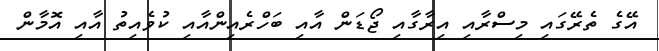
އޭގެ ތެރޭގައި މިސްރާއި އިރާގާއި ޖޯޑަން އާއި ބަހްރެއިންއާއި ކުވެއިތު އާއި އޮމާން